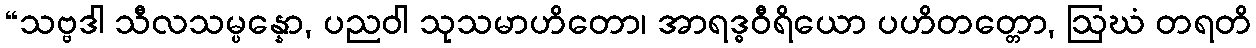
“သဗ္ဗဒါ သီလသမ္ပန္နော, ပညဝါ သုသမာဟိတော၊ အာရဒ္ဓဝီရိယော ပဟိတတ္တော, ဩဃံ တရတိ